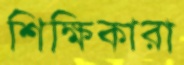
শিক্ষিকারা